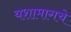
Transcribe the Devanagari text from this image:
यशामागचे